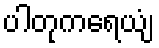
ပါတုကရေယျံ